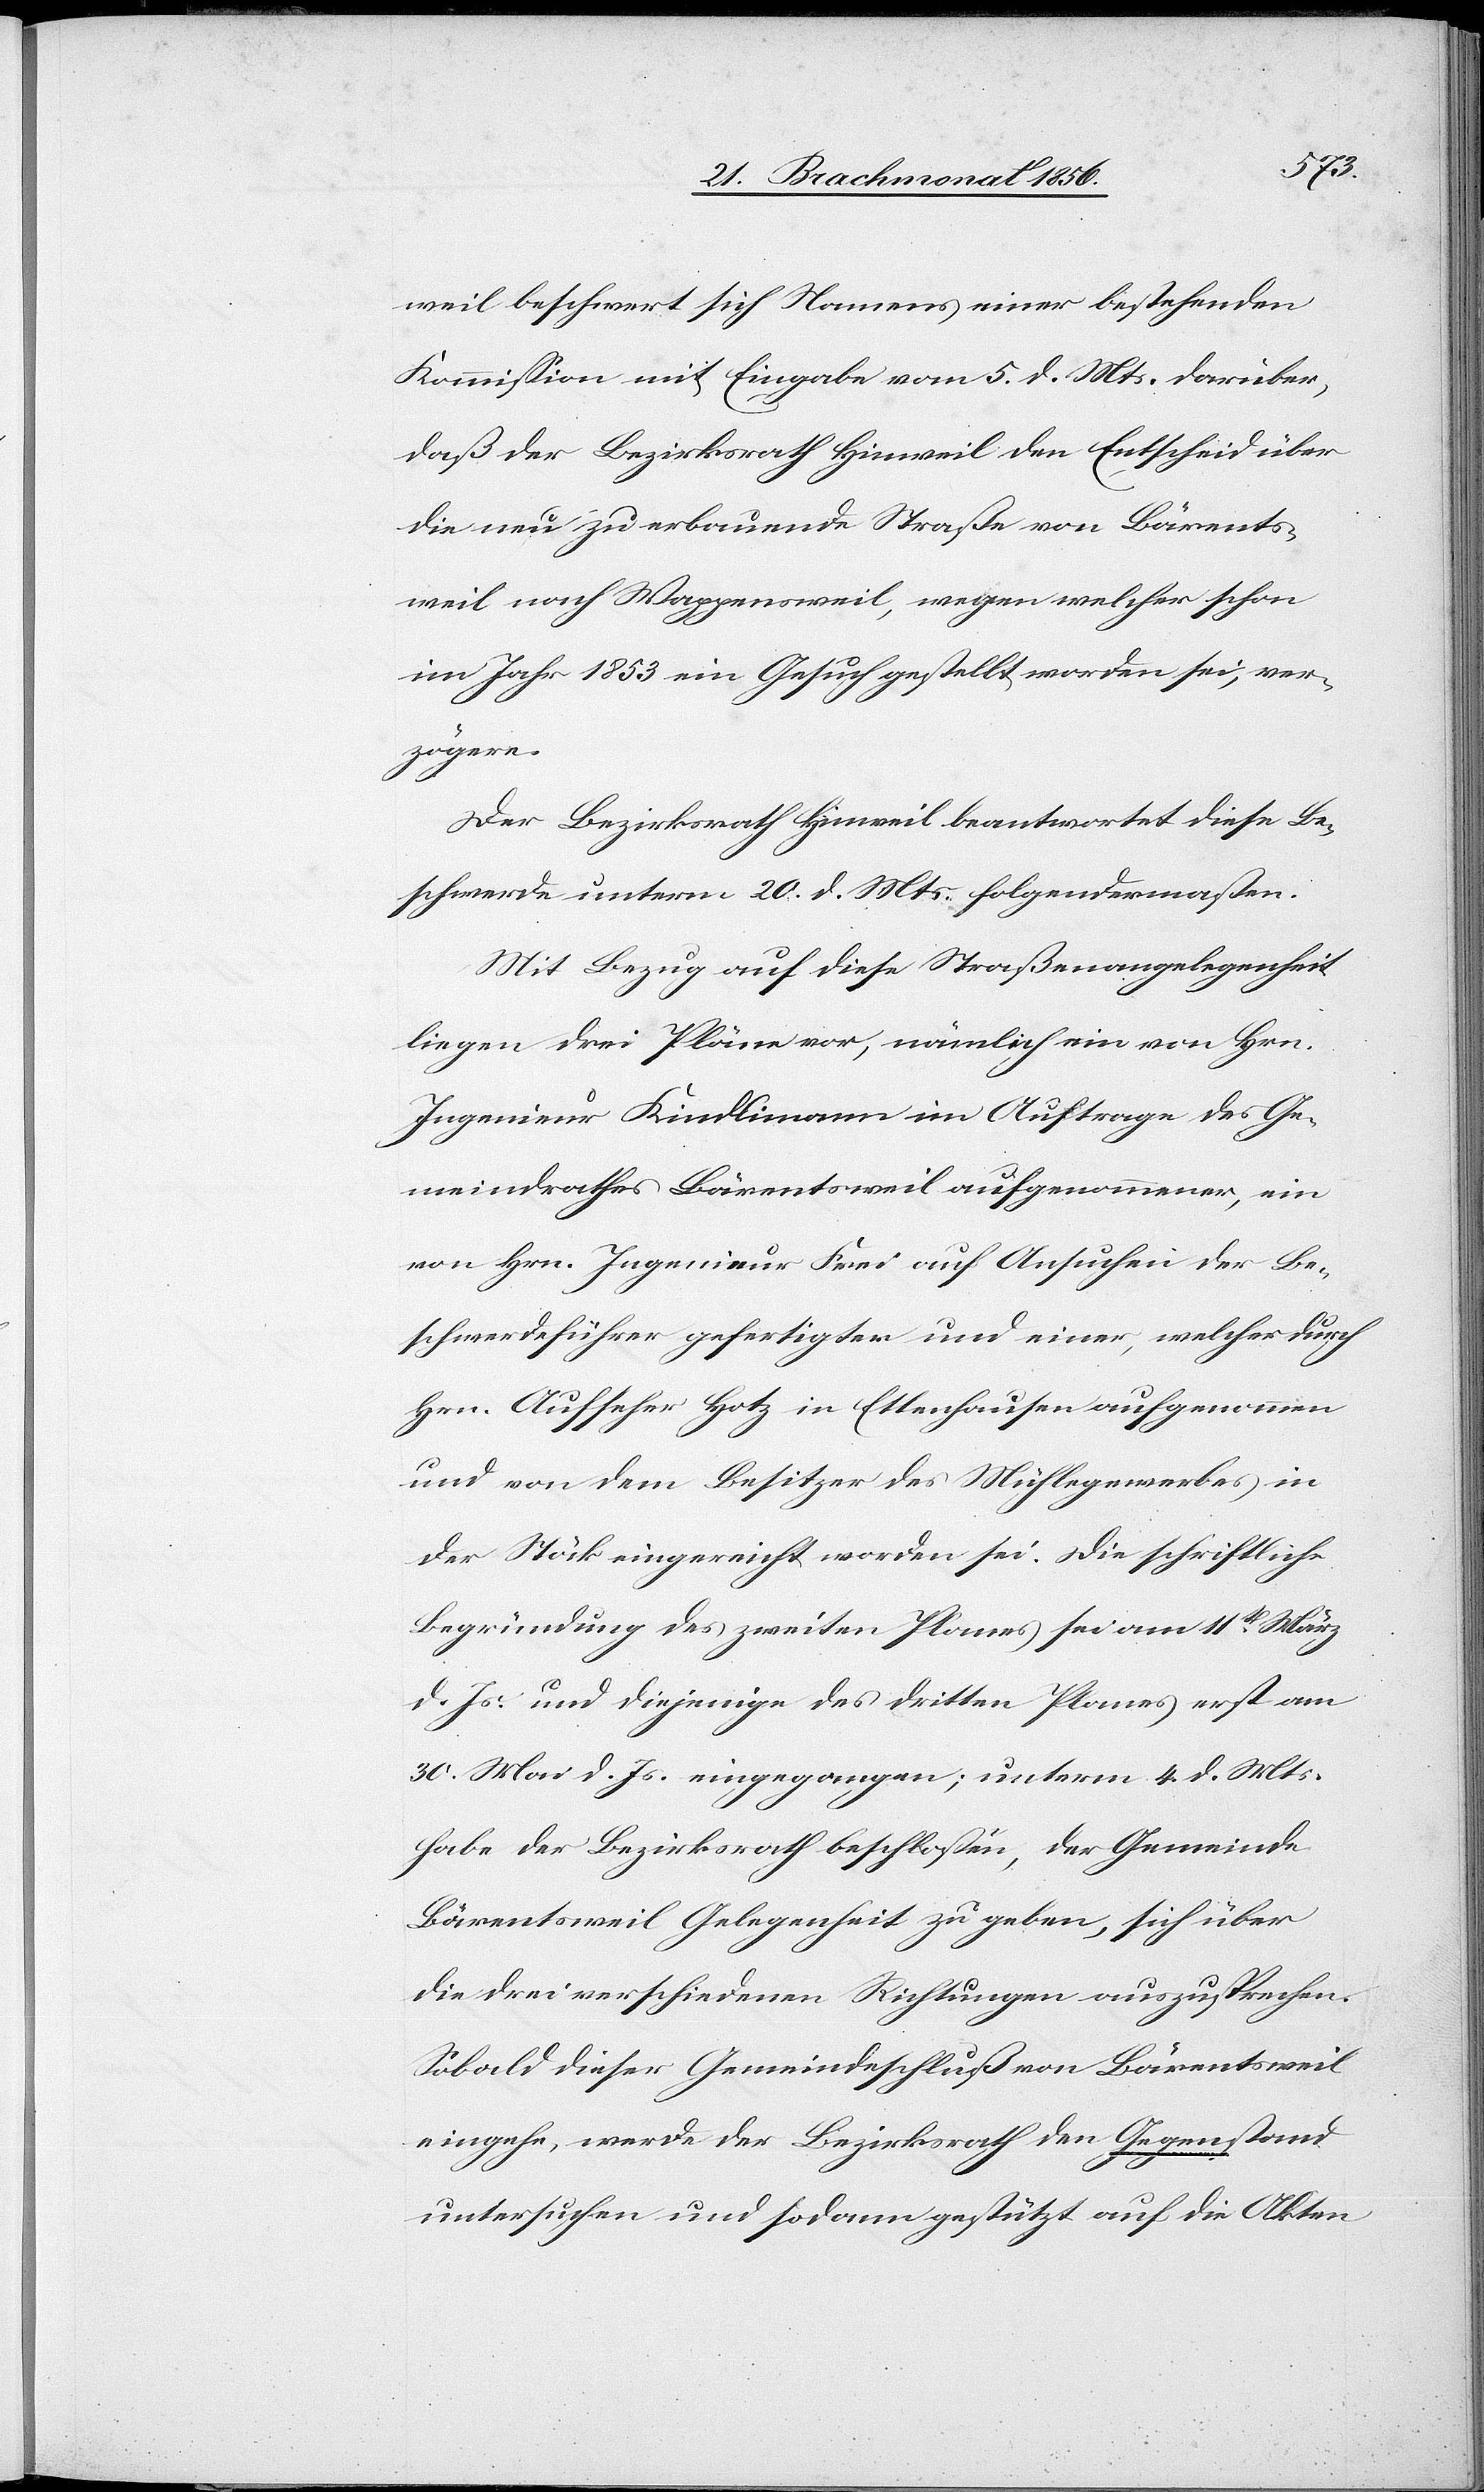
weil beschwert sich Namens einer bestehenden
Kommission mit Eingabe vom 5. d. Mts. darüber,
daß der Bezirksrath Hinweil den Entscheid über
die neu zu erbauende Straße von Bärents¬
weil nach Wappensweil, wegen welcher schon
im Jahr 1853 ein Gesuch gestellt worden sei, ver¬
zögere.
Der Bezirksrath Hinweil beantwortet diese Be¬
schwerde unterm 20. d. Mts. folgendermaßen:
Mit Bezug auf diese Straßenangelegenheit
liegen drei Pläne vor, nämlich ein von Hrn.
Ingenieur Kindlimann im Auftrage des Ge¬
meindrathes Bärentsweil aufgenommener, ein
von Hrn. Ingenieur Frei auf Ansuchen der Be¬
schwerdeführer gefertigten und einer, welcher durch
Hrn. Aufseher Hotz in Ettenhausen aufgenommen
und von dem Besitzer des Mühlegewerbes in
der Stöck eingereicht worden sei. Die schriftliche
Begründung des zweiten Planes sei am 11t März
d. Js. und diejenige des dritten Planes erst am
30. Mai d. Js. eingegangen; unterm 4. d. Mts.
habe der Bezirksrath beschlossen, der Gemeinde
Bärentsweil Gelegenheit zu geben, sich über
die drei verschiedenen Richtungen auszusprechen.
Sobald dieser Gemeindeschluß von Bärentsweil
eingehe, werde der Bezirksrath den Gegenstand
untersuchen und sodann gestützt auf die Akten